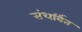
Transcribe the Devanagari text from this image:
संधर्बित